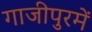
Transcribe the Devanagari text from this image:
गाजीपुरमें